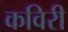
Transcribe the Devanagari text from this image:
कविरी